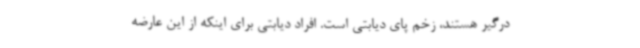
درگیر هستند، زخم پای دیابتی است. افراد دیابتی برای اینکه از این عارضه